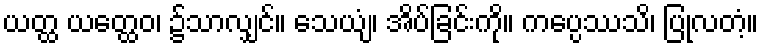
ယတ္ထ ယတ္ထေဝ၊ ၌သာလျှင်။ သေယျံ၊ အိပ်ခြင်းကို။ ကပ္ပေဿသိ၊ ပြုလတံ့။